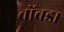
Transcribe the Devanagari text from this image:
चोंबडा